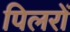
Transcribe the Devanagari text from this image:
पिलरों